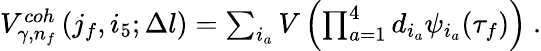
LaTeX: \begin{array}{r}{V_{\gamma,n_{f}}^{coh}\left(j_{f},i_{5};\Delta l\right)=\sum_{i_{a}}V\left(\prod_{a=1}^{4}d_{i_{a}}\psi_{i_{a}}(\tau_{f})\right)\ .}\end{array}